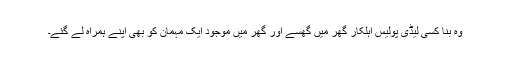
وہ بنا کسی لیڈی پولیس اہلکار گھر میں گھسے اور گھر میں موجود ایک مہمان کو بھی اپنے ہمراہ لے گئے۔